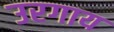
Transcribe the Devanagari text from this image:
उरगाय